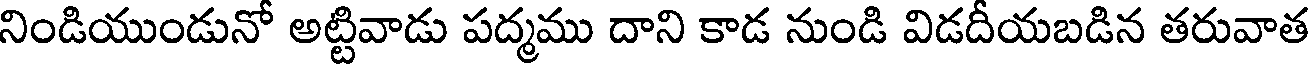
నిండియుండునో అట్టివాడు పద్మము దాని కాడ నుండి విడదీయబడిన తరువాత